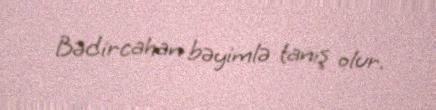
Bədircahan bəyimlə tanış olur.